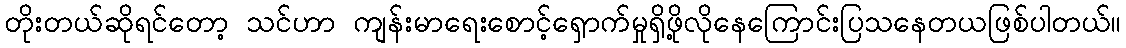
တိုးတယ်ဆိုရင်တော့ သင်ဟာ ကျန်းမာရေးစောင့်ရှောက်မှုရှိဖို့လိုနေကြောင်းပြသနေတယဖြစ်ပါတယ်။